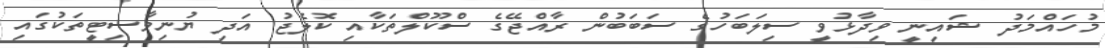
މުހައްމަދު ޝައިނީ ވިދާޅުވީ ސިލަބަހުގެ ސަބަބުން ރާއްޖޭގެ ސްކޫލްތަކާއި ކޮލެޖު އަދި ޔުނިވާސިޓީތަކުގައި